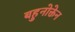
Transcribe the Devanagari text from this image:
बहुनोक्तेन